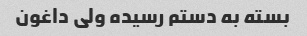
بسته به دستم رسیده ولى داغون